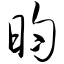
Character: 昀